Lyperosia minuta, Bezzi - Number 59
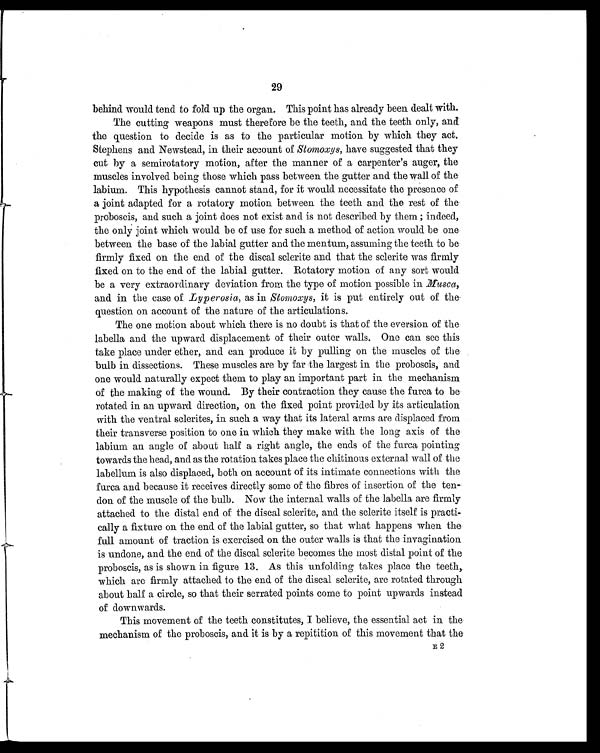
29
behind would tend to fold up the organ. This point has already been dealt with.
The cutting weapons must therefore be the teeth, and. the teeth only, and
the question to decide is as to the particular motion by which they act.
Stephens and Newstead, in their account of Stomoxys, have suggested that they
cut by a semirotatory motion, after the manner of a carpenter's auger, the
muscles involved being those which pass between the gutter and the wall of the
labium. This hypothesis cannot stand, for it would necessitate the presence of
a joint adapted for a rotatory motion between the teeth and the rest of the
proboscis, and such a joint does not exist and is not described by them ; indeed,
the only joint which would be of use for such a method of action would be one
between the base of the labial gutter and the mentum, assuming the teeth to be
firmly fixed on the end of the discal sclerite and that the sclerite was firmly
fixed on to the end of the labial gutter. Rotatory motion of any sort would
be a very extraordinary deviation from the type of motion possible in Musca,
and in the case of Lyperosia, as in Stomoxys, it is put entirely out of the
question on account of the nature of the articulations.
The one motion about which there is no doubt is that of the eversion of the
labella and the upward displacement of their outer walls. One can see this
take place under ether, and can produce it by pulling on the muscles of the
bulb in dissections. These muscles are by far the largest in the proboscis, and
one would naturally expect them to play an important part in the mechanism
of the making of the wound. By their contraction they cause the furca to be
rotated in an upward direction, on the fixed point provided by its articulation
with the ventral sclerites, in such a way that its lateral arms are displaced from
their transverse position to one in which they make with the long axis of the
labium an angle of about half a right angle, the ends of the furca pointing
towards the head, and as the rotation takes place the chitinous external wall of the
labellum is also displaced, both on account of its intimate connections with the
furca and because it receives directly some of the fibres of insertion of the ten
-don of the muscle of the bulb. Now the internal walls of the labella are firmly
attached to the distal end of the discal sclerite, and the sclerite itself is practi
-cally a fixture on the end of the labial gutter, so that what happens when. the
full amount of traction is exercised on the outer walls is that the invagination
is undone, and the end of the discal sclerite becomes the most distal point of the
proboscis, as is shown in figure 13. As this unfolding takes place the teeth,.
which are firmly attached to the end of the discal sclerite, are rotated through
about half a circle, so that their serrated points come to point upwards instead
of downwards.
This movement of the teeth constitutes, I believe, the essential act in the
mechanism of the proboscis, and it is by a repitition of this movement that the
E2